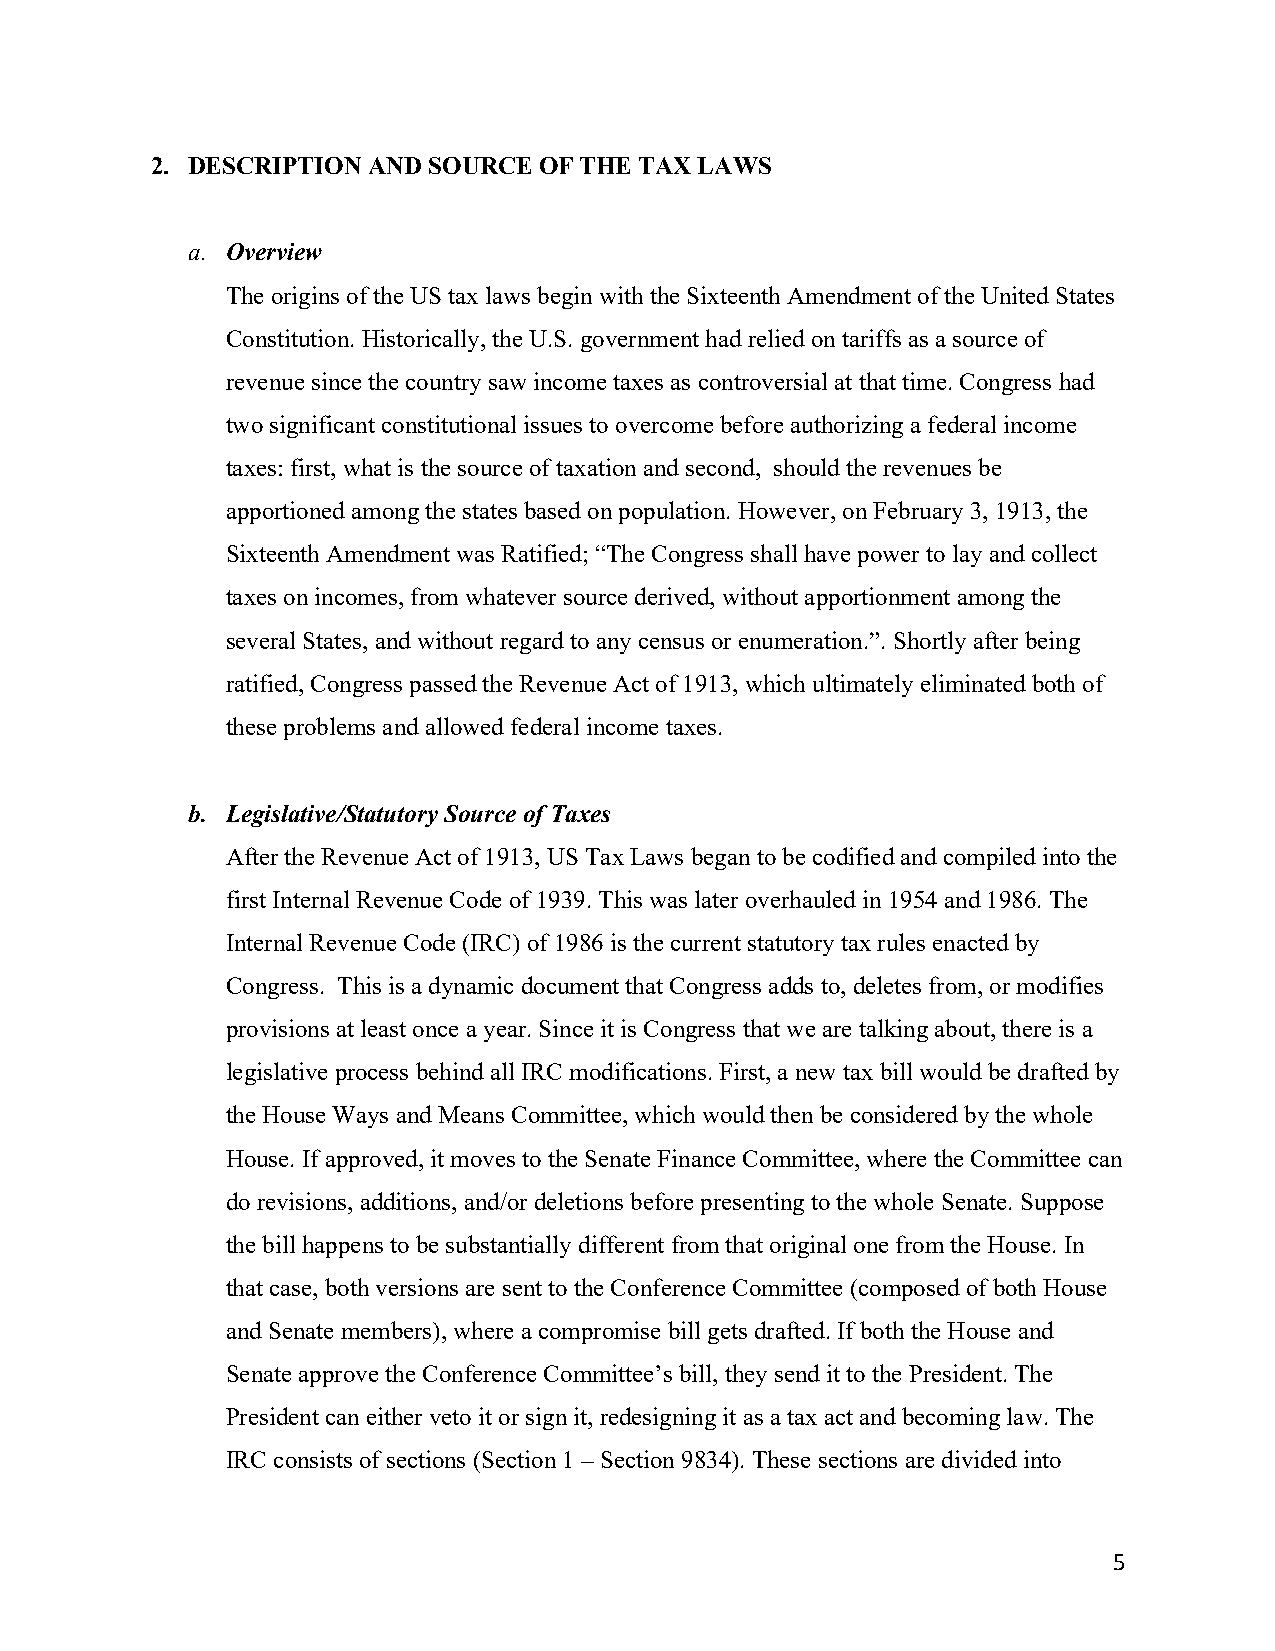
2. DESCRIPTION AND SOURCE OF THE TAX LAWS
 a. Overview
 The origins of the US tax laws begin with the Sixteenth Amendment of the United States
 Constitution. Historically, the U.S. government had relied on tariffs as a source of
 revenue since the country saw income taxes as controversial at that time. Congress had
 two significant constitutional issues to overcome before authorizing a federal income
 taxes: first, what is the source of taxation and second, should the revenues be
 apportioned among the states based on population. However, on February 3, 1913, the
 Sixteenth Amendment was Ratified; “The Congress shall have power to lay and collect
 taxes on incomes, from whatever source derived, without apportionment among the
 several States, and without regard to any census or enumeration.”. Shortly after being
 ratified, Congress passed the Revenue Act of 1913, which ultimately eliminated both of
 these problems and allowed federal income taxes.
 b. Legislative/Statutory Source of Taxes
 After the Revenue Act of 1913, US Tax Laws began to be codified and compiled into the
 first Internal Revenue Code of 1939. This was later overhauled in 1954 and 1986. The
 Internal Revenue Code (IRC) of 1986 is the current statutory tax rules enacted by
 Congress. This is a dynamic document that Congress adds to, deletes from, or modifies
 provisions at least once a year. Since it is Congress that we are talking about, there is a
 legislative process behind all IRC modifications. First, a new tax bill would be drafted by
 the House Ways and Means Committee, which would then be considered by the whole
 House. If approved, it moves to the Senate Finance Committee, where the Committee can
 do revisions, additions, and/or deletions before presenting to the whole Senate. Suppose
 the bill happens to be substantially different from that original one from the House. In
 that case, both versions are sent to the Conference Committee (composed of both House
 and Senate members), where a compromise bill gets drafted. If both the House and
 Senate approve the Conference Committee’s bill, they send it to the President. The
 President can either veto it or sign it, redesigning it as a tax act and becoming law. The
 IRC consists of sections (Section 1 – Section 9834). These sections are divided into
 5